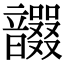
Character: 𩑇